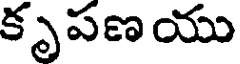
కృపణ యు